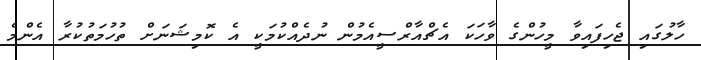
ހާލުގައި ޖެހިފައިވާ މީހުންގެ ވާހަކަ އެޗްއާރްސީއެމުން ނުދެއްކުމަކީ އެ ކޮމިޝަނަށް ތުހުމަތުކުރާ އެންމެ